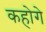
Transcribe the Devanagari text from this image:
कहोगे